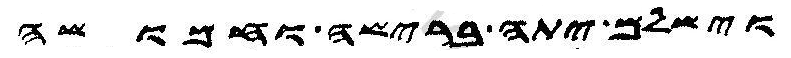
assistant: וישלם יתה ברישה וחמושה